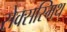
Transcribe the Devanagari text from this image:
सेक्सस्मिथ